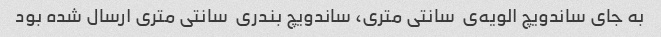
به جای ساندویچ الویه‌ی  سانتی متری، ساندویچ بندری  سانتی متری ارسال شده بود